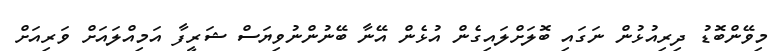
މިވޭންބޮޑު ދިރިއުޅުން ނަގައި ބޮލަށްލައިގެން އުޅެން އޭނާ ބޭނުންނުވިޔަސް ޝަރީފާ އަމިއްލައަށް ވަރިއަށް